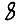
Digit: 8